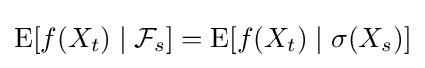
\operatorname {E} [f(X_{t})\mid {\mathcal {F}}_{s}]=\operatorname {E} [f(X_{t})\mid \sigma (X_{s})]